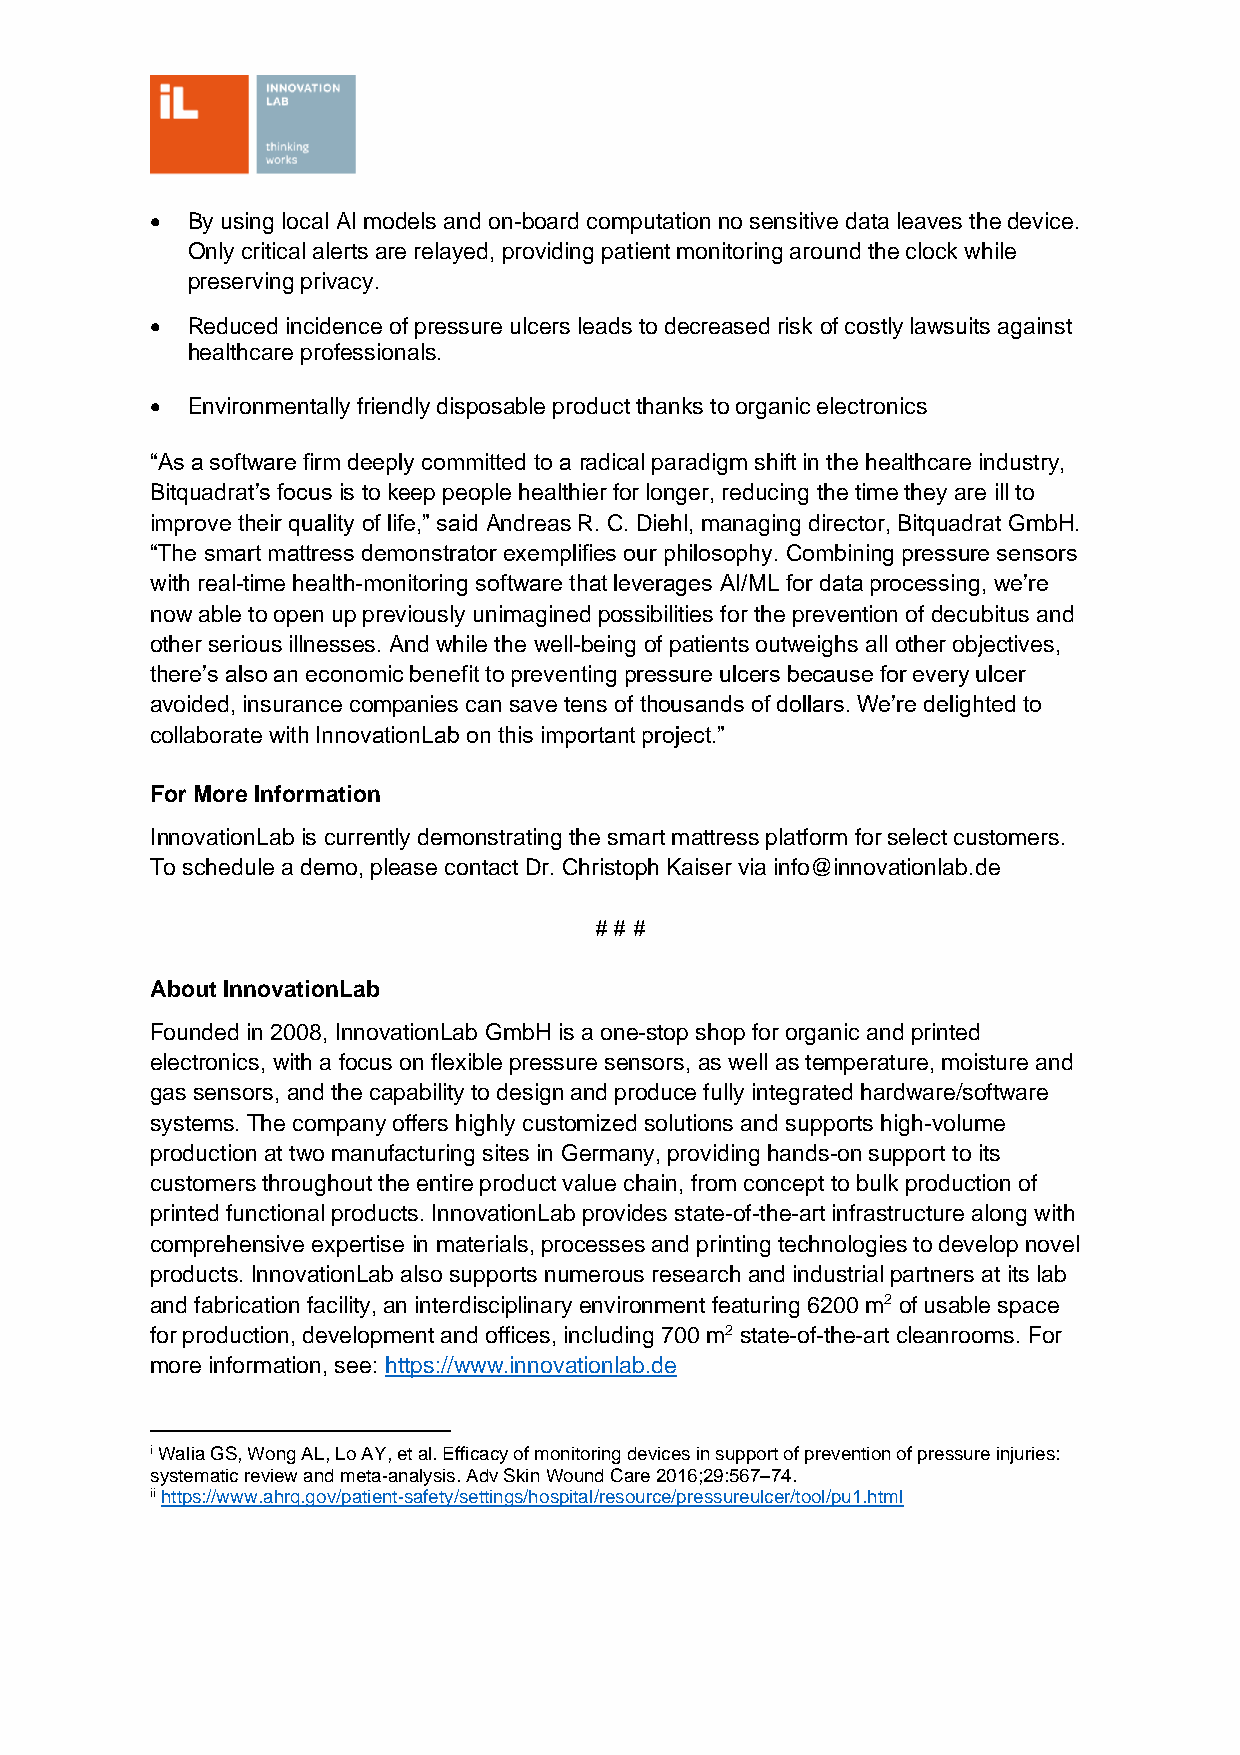
• By using local AI models and on-board computation no sensitive data leaves the device.
 Only critical alerts are relayed, providing patient monitoring around the clock while
 preserving privacy.
 • Reduced incidence of pressure ulcers leads to decreased risk of costly lawsuits against
 healthcare professionals.
 • Environmentally friendly disposable product thanks to organic electronics
 “As a software firm deeply committed to a radical paradigm shift in the healthcare industry,
 Bitquadrat’s focus is to keep people healthier for longer, reducing the time they are ill to
 improve their quality of life,” said Andreas R. C. Diehl, managing director, Bitquadrat GmbH.
 “The smart mattress demonstrator exemplifies our philosophy. Combining pressure sensors
 with real-time health-monitoring software that leverages AI/ML for data processing, we’re
 now able to open up previously unimagined possibilities for the prevention of decubitus and
 other serious illnesses. And while the well-being of patients outweighs all other objectives,
 there’s also an economic benefit to preventing pressure ulcers because for every ulcer
 avoided, insurance companies can save tens of thousands of dollars. We’re delighted to
 collaborate with InnovationLab on this important project.”
 For More Information
 InnovationLab is currently demonstrating the smart mattress platform for select customers.
 To schedule a demo, please contact Dr. Christoph Kaiser via info@innovationlab.de
 # # #
 About InnovationLab
 Founded in 2008, InnovationLab GmbH is a one-stop shop for organic and printed
 electronics, with a focus on flexible pressure sensors, as well as temperature, moisture and
 gas sensors, and the capability to design and produce fully integrated hardware/software
 systems. The company offers highly customized solutions and supports high-volume
 production at two manufacturing sites in Germany, providing hands-on support to its
 customers throughout the entire product value chain, from concept to bulk production of
 printed functional products. InnovationLab provides state-of-the-art infrastructure along with
 comprehensive expertise in materials, processes and printing technologies to develop novel
 products. InnovationLab also supports numerous research and industrial partners at its lab
 and fabrication facility, an interdisciplinary environment featuring 6200 m2 of usable space
 for production, development and offices, including 700 m2 state-of-the-art cleanrooms. For
 more information, see: https://www.innovationlab.de
 i Walia GS, Wong AL, Lo AY, et al. Efficacy of monitoring devices in support of prevention of pressure injuries:
 systematic review and meta-analysis. Adv Skin Wound Care 2016;29:567–74.
 ii https://www.ahrq.gov/patient-safety/settings/hospital/resource/pressureulcer/tool/pu1.html